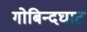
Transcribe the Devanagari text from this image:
गोबिन्दघाट